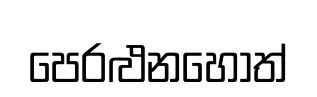
පෙරළුනහොත්